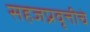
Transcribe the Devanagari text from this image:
सहजप्रवृत्तीचे